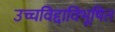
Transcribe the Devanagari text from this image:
उच्चविद्दाविभूषित